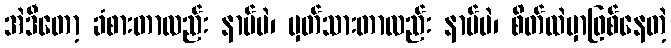
အဲဒီတော့ ခံစားတာလည်း နာမ်ပဲ၊ မှတ်သားတာလည်း နာမ်ပဲ၊ စိတ်ထဲမှာဖြစ်နေတဲ့